Report of an investigation into the causes of malaria in Bombay and the measures necessary for its control
Disease focus: Malaria
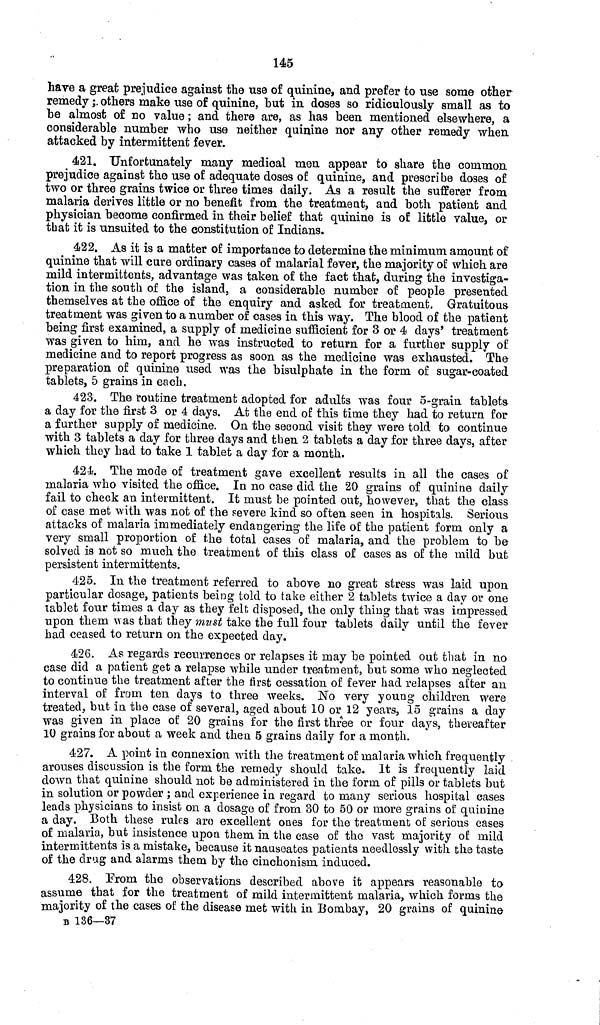
145
have a great prejudice against the use of quinine, and prefer to use some other
remedy; others make use of quinine, but in doses so ridiculously small as to
he almost of no value; and there are, as has been mentioned elsewhere, a
considerable number who use neither quinine nor any other remedy when,
attacked by intermittent fever.
421. Unfortunately many medical men appear to share the common
prejudice against the use of adequate doses of quinine, and prescribe doses of
two or three grains twice or three times daily. As a result the sufferer from
malaria derives little or no benefit from the treatment, and both patient and
physician become confirmed in their belief that quinine is of little value, or
that it is unsuited to the constitution of Indians.
422. As it is a matter of importance to determine the minimum amount of
quinine that will cure ordinary cases of malarial fever, the majority of which are
mild intermittents, advantage was taken of the fact that, during the investiga-
tion in the south of the island, a considerable number of people presented
themselves at the office of the enquiry and asked for treatment. Gratuitous
treatment was given to a number of cases in this way. The blood of the patient
being first examined, a supp]y of medicine sufficient for 3 or 4 days' treatment
was given to him, and he was instructed to return for a further supply of
medicine and to report progress as soon as the medicine was exhausted. The
preparation of quinine used was the bisulphate in the form of sugar-coated
tablets, 5 grains in each.
423. The routine treatment adopted for adults was four 5-grain tablets
a day for the first 3 or 4 days. At the end of this time they had to return for
a further supply of medicine. On the second visit they were told to continue
with 3 tablets a day for three days and then 2 tablets a day for three days, after
which they had to take 1 tablet a day for a month.
424. The mode of treatment gave excellent results in all the cases of
malaria who visited the office. In no case did the 20 grains of quinine daily
fail to check an intermittent. It must be pointed out, however, that the class
of case met with was not of the severe kind so often seen in hospitals. Serious
attacks of malaria immediately endangering the life of the patient form only a
very small proportion of the total cases of malaria, and the problem to be
solved is not so much the treatment of this class of cases as of the mild but
persistent intermittents.
425. In the treatment referred to above no great stress was laid upon
particular dosage, patients being told to take either 2 tablets twice a day or one
tablet four times a day as they felt disposed, the only thing that was impressed
upon them was that they must take the full four tablets daily until the fever
had ceased to return on the expected day.
426. As regards recurrences or relapses it may be pointed out that in no
case did a patient get a relapse while under treatment, but some who neglected
to continue the treatment after the first cessation of fever had relapses after an
interval of from ten days to three weeks. No very young children were
treated, but in the case of several, aged about 10 or 12 years, 15 grains a day
was given in place of 20 grains for the first three or four days, thereafter
10 grains for about a week and then 5 grains daily for a month.
427. A point in connexion with the treatment of malaria which frequently
arouses discussion is the form the remedy should take. It is frequently laid
down that quinine should not be administered in the form of pills or tablets but
in solution or powder ; and experience in regard to many serious hospital cases
leads physicians to insist on a dosage of from 30 to 50 or more grains of quinine
a day. Both these rules are excellent ones for the treatment of serious cases
of malaria, but insistence upon them in the case of the vast majority of mild
intermittents is a mistake, because it nauseates patients needlessly with the taste
of the drug and alarms them by the cinchonism induced.
428. Prom the observations described above it appears reasonable to
assume that for the treatment of mild intermittent malaria, which forms the
majority of the cases of the disease met with in Bombay, 20 grains of quinine
B 136—37